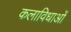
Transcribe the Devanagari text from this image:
कलाविधाओं